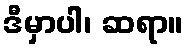
ဒီမှာပါ၊ ဆရာ။